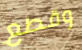
وقطع